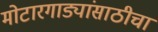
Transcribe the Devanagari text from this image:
मोटारगाड्यांसाठीचा